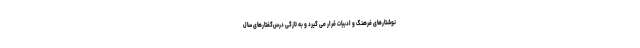
نوشتارهای فرهنگ و ادبیات قرار می گیرد و به تازگی درس‌گفتارهای سال